Vital statistics of India. Vol. IV, Annual returns from 1871 to 1876. British Army of India, Native Army and jails of Bengal
Year: 1871
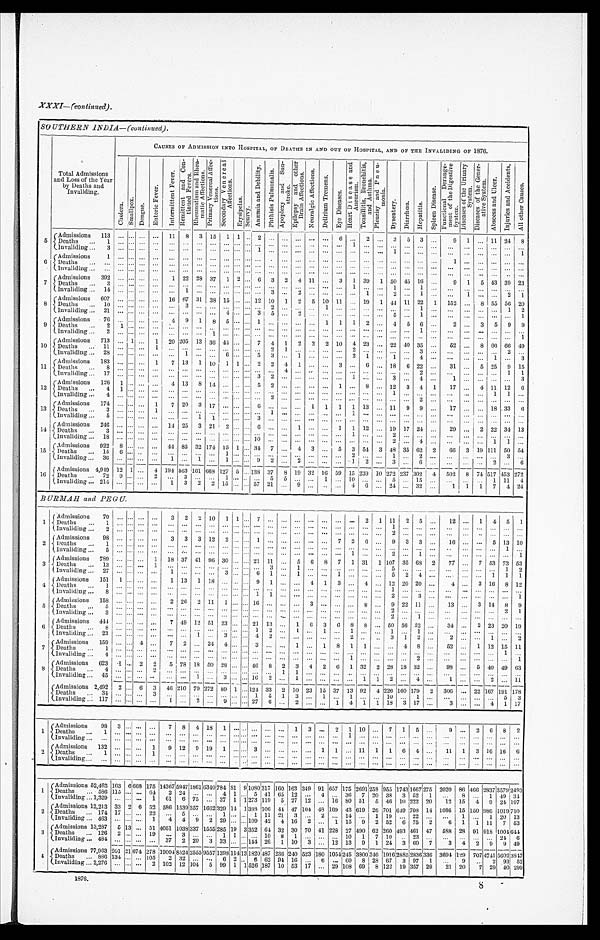
XXXI—(continued).
SOUTHERN INDIA—(continued).
CAUSES OF ADMISSION INTO HOSPITAL, OF DEATHS IN AND OUT OF HOSPITAL, AND OF THE INVALIDING OF 1876.
Total Admissions
and Loss of the Year
by Deaths and
Invaliding.
C h o l e r a .
S m a l l p o x . D e n g u e . E n t e r i c F e v e r .
I n t e r m i t t e n t F e v e r . R e m i t t e n t a n d C o n - t i n u e d F e v e r s .
R h e u m a t i s m a n d R h e n -
m a t i e A f f e c t i o n s .
P r i m a r y V e n e r e a l A f f e c -
t i o n s . S e c o n d a r y V e n e r e a l A f f e c t i o n s .
E r y s i p e l a s .
S c u r v y .
A n æ m i a a n d D e b i l i t y .
P h t h i s i s P u l m o n a l i s .
A p o p l e x y a n d S u n -
s t r o k e .
E p i l e p s y a n d o t h e r B r a i n A f f e c t i o n s .
N e u r a l g i c A f f e c t i o n s . D e l i r i u m T r e m e n s .
E y e D i s e a s e s .
H e a r t D i s e a s e a n d A n e u r i s m .
T o n s i l l i t i s , B r o n c h i t i s , a n d A s t h r \ m a .
P l e u r i s y a n d P n e u -
m o n i a .
D y s e n t e r y . D i a r r h œ a . H e p a t i t i s .
S p l e e n D i s e a s e .
F u n c t i o n a l D e r a n g e -
m e n t o f t h e D i g e s t i v e S y s t e m .
D i s e a s e s o f t h e U r i n a r y S y s t e m .
D i s e a s e s o f t h e G e n e r -
a t i v e S y s t e m .
A b s c e s s a n d U l c e r .
I n j u r i e s a n d A c c i d e n t s .
A l l o t h e r C a u s e s .
5 Admissions 113
11 8 3 15 1 1 2
6
2
3 5 3
9 1
11 24 8
D e a t h s 1
1
Invaliding
3
1
1
1
6 Admissions 1
1
Deaths
Invaliding
7 Admissions 392
1 22 28 37 1 2 6 3 2 4 11
3 1 39 1 50 45 16
9 1 5 43 39 23
Deaths
3
1
1
1
Invaliding 14
1
3
2
1
2
1
1
2 1
8 Admissions 607
16 67 31 38 15
12 10 1 2 5 10 11
19 1 44 11 22 1 152
8 55 56 20
Deaths
10
3
2
1
1
1 2
invaliding 21
4
3 5
2
5
1
1
9 Admissions 76
4 9 1 8 5
1
1 1 1 2
4 5 6
2
3 5 9 9
Deaths 2 1
1
I n v a l i d i n g 2
1
1
10 Admissions 713
1 l
1 20 205 13 36 44
7 4 1 2 2 2 10 4 23
2 2 40 35
52
8 66 66 49
Deaths
11
1
2 1
2
3
2
I n v a l i d i n g 28
1
6
5 3
1
2 1
1
4
1
3
11 Admissions 183
1 7 13 1 10 1 1 2 2 4 1
3
6
18 6 22
31
5 25 9 15
Deaths
8
4
2
1 1
Invaliding 17
3 2
1
3
4
1
3
12 Admissions 126 1
4 13 8 14
5 2
1
8
12 3 4 1 17
4 11 12 6
Deaths
4 1
1
1 1
Invaliding
4
2
2
13 Admissions 174
1 7 20 3 17
6
1 1 1 1 13
11 9 9
17
18 33 6
Deaths
3
1
1
1
Invaliding
5
1 1
3
14 Admissions 246
14 25 3 21 2
6
1
1 1 12
19 17 24
29
2 22 34 13
Deaths
3
1
2
Invaliding 18
10
2
4
1 1
15 Admissions 922 8
44 85 32 174 15 1 34 7
4 3
5 3 54 3 48 35 62 2 66 3 19 111 50 54
Deaths
15 6
1
2
1
2
3
Invaliding 36
1
1
1
9 2
2
1 2
3
6
2
6
16 Admissions 4,949 12 1
4 194 563 161 668 127 5 138 37 8 19 32 16 59 15 239 10 272 237 302 4 502 8 74 517 4 5 3 272
Deaths
72 9
2
3
1
5 5
1
10
5
15
1111 4
Invaliding 214
1 3 2 2 15
57 21
9
4 6
24
32
1 1 1 7 4 24
BURMAH and PEGU.
1 Admissions 70
3 2 2 10 1 1 7
2 1 11 2 5
12
1 4 5 1
Deaths
1
1
Invaliding
2
2
2 Admissions 98
3 3 3 12 2
1
7 2 6
9 3 3
16
5 13 10
Deaths
1
1
I n v a l i d i n g 5
1
2 2
1
1
3
A d m i s s i o n s 789
1 18 37 41 96 30
21 11
5 6 8 7 1 31 1 107 35 68 2 77
7 53 73 53
D e a t h s 1 3
1
3
1
5
1 2
I n v a l i d i n g 2 7
1
3
6 1
1
1
5 2 4
1 1 1
4 Admissions 151 1
1 13 1 18
9 1
4 1 3
4
12 20 20
4
3 16 8 12
Deaths
1
1
I n v a l i d i n g 8
1 1
2
3
1
5 Admissions 158
2 26 2 11 1
16
3
8
9 22 11
13
3 14 8 9
Deaths
5
2
2 1
I n v a l i d i n g 3
2
1
6 Admissions 444
7 49 12 51 23
21 13
1 6 3 6 8 8
50 56 32
34
2 23 20 19
Deaths
8
1 2
1 1
1
1
1
Invaliding 23
1
3
4 2
2
3 1 2
2
1
2
7 Admissions 159
4
7 2
24 4
3
1
1 8 1 1
4 8
52
1 12 15 11
D e a t h s 1
1
I n v a l i d i n g 4
1
2
1
8 Admissions
6 2 3 1 2 2 5 78 18 50 2 8
46 8 2 3 4 2 6 1 32 2 28 18 32
98
5 40 49 63
Deaths
4
2
1 1
I n v a l i d i n g 4 5
1
3
1 6 2
1
1 1 2
4
1
2
11
Admissions 2,492 2
6 3 46 2 1 0 7 9 272 89 1
1 2 4 33 2 10 23 15 37 1 3 92 4 2 2 6 160 1 7 9
2 306
2 2 167 191 1 7 8
Deaths
3 4
3
1 5 1
3 1
1
1 0
1
5 3
I n v a l i d i n g 117
1
2
9
2 7 6
2
1 4 1 1 18 3 17
3
4 1 1 7
1 Admissions 98 3
7 8 4 18 1 .
1 3
2 1 10
7 1 5
9
2 6 8 2
Deaths
1
1
I n v a l i d i n g
1
2 Admissions 132
1 9 12 9 19 1
3
1 1
11 1 1 6 4
11 1 3 16 16 6
Deaths
1
1
Invaliding
1
A d m i s s i o n s 5 2 , 4 6 3 163 6
6668 175 14367 5947 1861 6340 784 81 9 1080 3 1 7 160 163 349 91 657 175 2691 2 5 8 955 1 7 4 3 1667 2 7 5 2020 86 4 6 6 2837 3 5 7 9 2 4 9 3
Deaths 586
115
64 2 2 4
4 1 5 41 65 12
4
36 7 20 38 3 52 1
8
1 49 34
Invaliding 1,329
1 61 6 7 5
37 1 1 273 119 5 27 12
16 8 0 51 5 46 10 222 20 12 15 4 9 24 197
2 Admissions 12,213 33 2 6 52 586 1539 357 1662 329 14 1 388 106 4 4 47 104 48 169 43 619 26 701 6 4 9 708 14 1086 15 150 9 8 6 1019 710
Deaths
17
22
5
1
1 11 21 3
2
14 9 1 19
22
1
1 20 13
Invaliding 463
1 4 4 9 2 29
109 42 4 16 2
1 15
2 52 6 75 2 6 1 1 11 7 53
3 Admissions 13,287 6 13 51 4051 1038 337 1555 285 19 3 352 6 4 32 30 70 41 228 27 490 62 200 4 9 3 461 4 7 588 28 91 918 1001 644
Deaths 126 2
19
3
1 1
10 8 1
10 1 7 10
23
2 4 6
Invaliding 484
37 2 20 3 33
144 26 1 10 3
12 13 9 1 24 3 60 7 3 4 2 9 9 49
4
A d m i s s i o n s 7 7 , 9 6 3 201 21 674 278 1 9 0 0 4 8524 2555 9557 1398 114 13 1820 4 8 7 236 240 523 180 1054 2 4 5 3800 3 4 6 1916 2885 2 8 3 6 3 3 6 3694 1 2 9 707 4 7 4 1 5 6 0 2 3 6 4 7
D e a t h s 8 8 6
134
105 2 32
6 2
6 62 9 4 16
6
6 0
8 28 8 67
3 9 7 1
9
2 93 53
Invaliding 2,276
1876.
2 102 12 104 5 99
1 1
152 1 8 7 10 53 17
29
1 0 8
69
8 1 2 2 1 9 3 5 7
29
2 1 2 0 7 29 40 2998